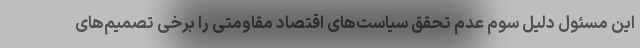
این مسئول دلیل سوم عدم تحقق سیاست‌های اقتصاد مقاومتی را برخی تصمیم‌های